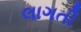
લાગતી